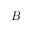
B